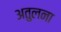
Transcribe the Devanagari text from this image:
अतुलना